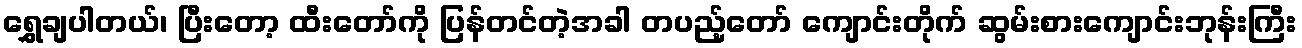
ရွှေချပါတယ်၊ ပြီးတော့ ထီးတော်ကို ပြန်တင်တဲ့အခါ တပည့်တော် ကျောင်းတိုက် ဆွမ်းစားကျောင်းဘုန်းကြီး